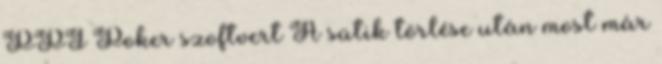
PPI Poker szoftvert A sütik törlése után most már